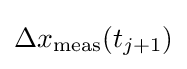
\Delta x_{\rm {meas}}(t_{j+1})